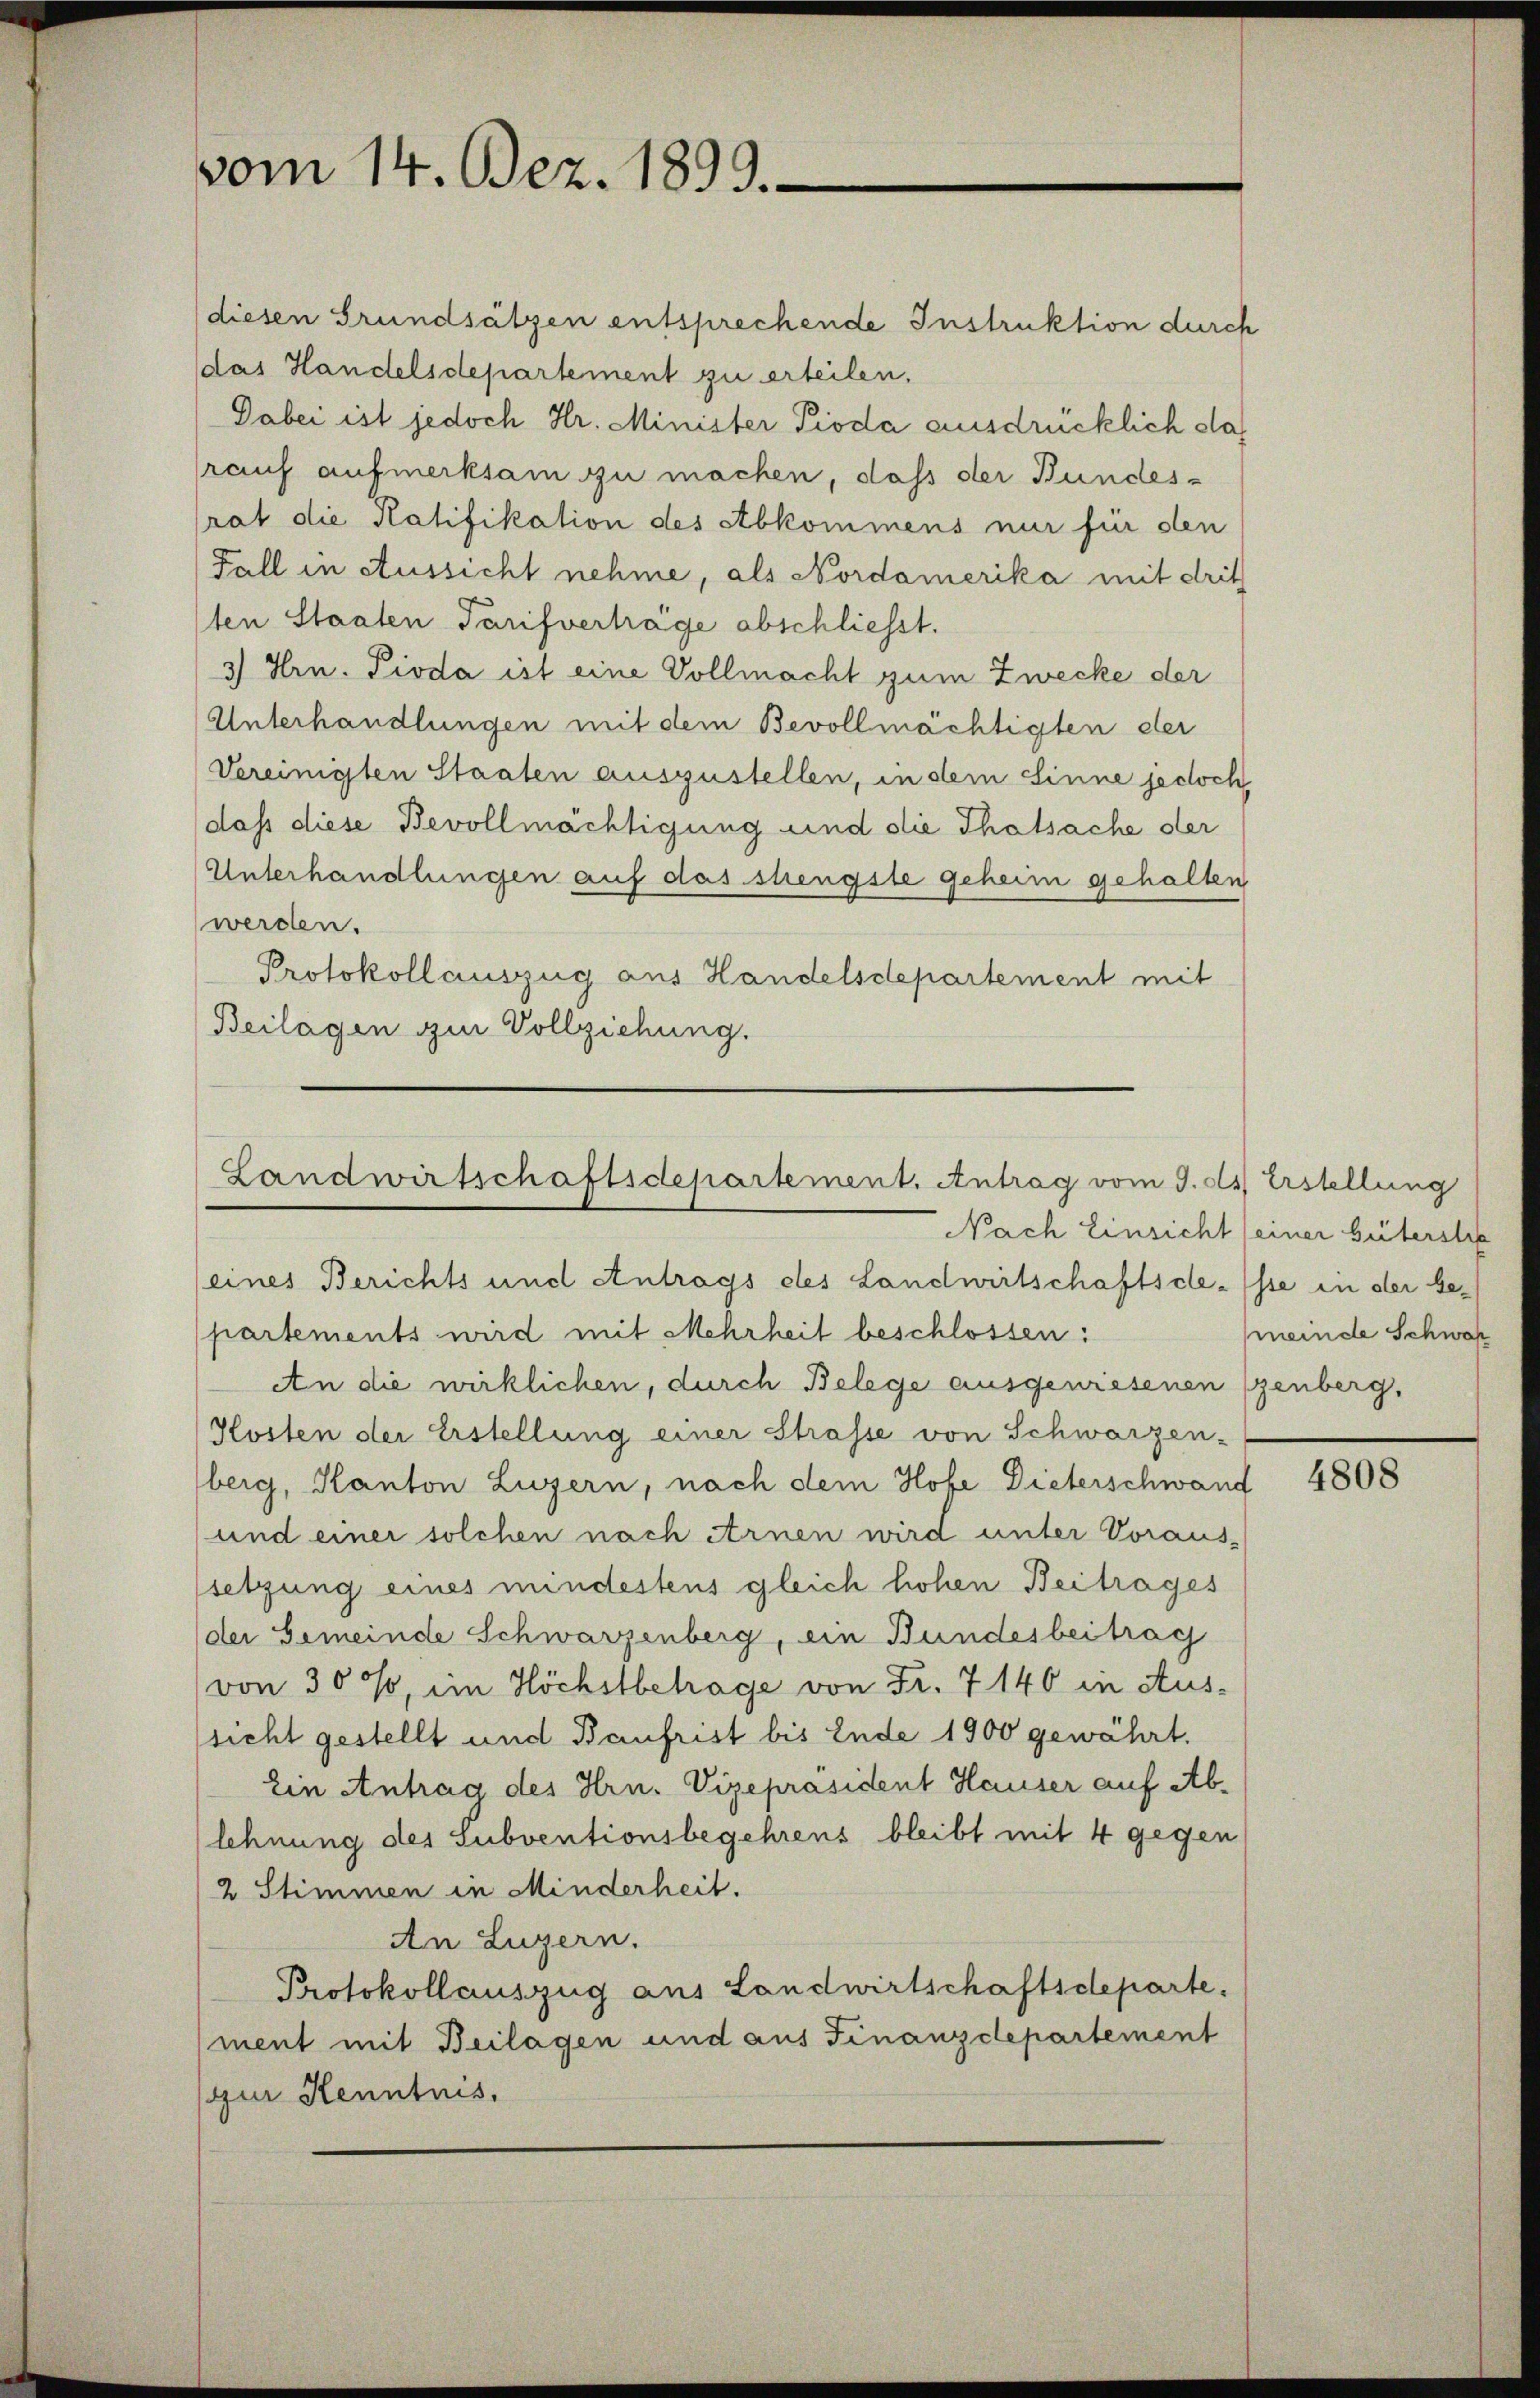
vom 14. Bez. 1899.

diesen Grundsätzen entsprechende Instruktion durch
(das Handelsdepartement zu erteilen.
Dabei ist jedoch Hr. Minister Pioda ausdrücklich das
rauf aufmerksam zu machen, daß der Bundesrat die Ratifikation des Abkommens nur für den
Fall in Aussicht nehme, als Nordamerika mit drit
1ten Staaten Tarifvertrage abschliesst.
3) Hrn. Pioda ist eine Vollmacht zum Zwecke der
Unterhandlungen mit dem Bevollmächtigten der
Vereinigten Staaten auszustellen, in dem Sinne jedoch,
dass diese Bevollmächtigung und die Thatsache der
Unterhandlungen auf das strengste geheim gehalten
werden.
Protokollauszug aus Handelsdepartement mit
Beilagen zur Vollziehung.

Landwirtschaftsdepartement. Antrag vom 9. d. Erstellung

Nach Einsicht seiner Güterstre
eines Berichts und Antrags des Landwirtschaftsdesse in der bepartements wird mit Mehrheit beschlossen:
An die wirklichen, durch Belege ausgewiesenen (genberg,
Kosten der Erstellung einer Strasse von Schwarzen-
berg, Kanton Luzern, nach dem Hofe Dieterschwand
und einer solchen nach Arnen wird unter Voraus-
setzung eines mindestens gleich hohen Beitrages
der Gemeinde Schwarzenberg, ein Bundesbeitrag
von 300, im Höchstbetrage von Fr. 7 140 in Aussicht gestellt und Baufrist bis Ende 1900 gewährt.
Ein Antrag des Hrn. Vizepräsident Hauser auf Ablehnung des Subventionsbegehrens bleibt mit 4 gegen
2 Stimmen in Minderheit.
An Luzern.
Protokollauszug aus Landwirtschaftsdeparte.
ment mit Beilagen und aus Finanzdepartement
gur Kenntnis.

meinde Schwar

4808